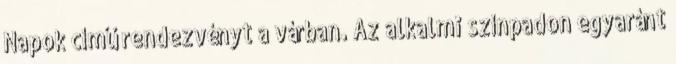
Napok című rendezvényt a várban. Az alkalmi színpadon egyaránt